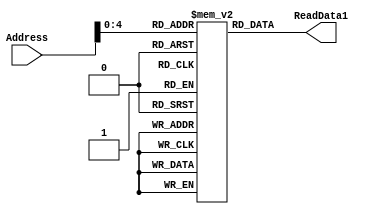
//`timescale 1ns / 1ns
//module Instruction_Memory(Address, ReadData1);
//parameter BITSIZE = 32;
//parameter REGSIZE = 32;
//input [REGSIZE-1:0] Address;
//output reg [BITSIZE-1:0] ReadData1;

//reg [BITSIZE-1:0] memory_file [0:REGSIZE-1];	// Entire list of memory

//// Asyncronous read of memory. Was not specified.
//always @(Address, memory_file[Address])
//begin
//	ReadData1 = memory_file[Address];
//end

//integer i;
////MY method of filling the memory instead of through a test bench
//initial
//	begin
//	    i = 0;
//		memory_file[i] = 32'b11110010100_0000000000000001_00000; //MOVK x0 = 1
//		i = i+1;
//		memory_file[i] = 32'b11110010100_0000000000000001_00001; //MOVK x1 = 1
//		i = i+1;
//		memory_file[i] = 32'b10001011000_00001_000000_00000_00001; //ADD x1 = 2
//		i = i+1;
//		memory_file[i] = 32'b10001011000_00001_000000_00000_00001; //ADD x1 = 3
//		i = i+1;
//		memory_file[i] = 32'b10001011000_00001_000000_00000_00001; //ADD x1 = 4
//		i = i+1;
//		memory_file[i] = 32'b11001011000_00000_000000_00001_00001; //SUB x1 = 3
//		i = i+1;
//		memory_file[i] = 32'b11111000000_00000000000_00010_00001; //STUR mem[x2=0] = x1 =3  
//		i = i+1;
//		memory_file[i] = 32'b11111000010_00000000000_00010_00000; //LDUR x0 = mem[x2=0] = 3
//		i = i+1;
//		memory_file[i] = 32'b10101010000_00001_000000_00000_00011; //EOR x3 = x0 ^ x1 = 0
//        i = i+1;
//        memory_file[i] = 32'b11111000000_00000000000_00010_00011; // STUR mem[0] = x3 =0
//        i = i+1;
//        memory_file[i] = 32'b10110101000_0000000000000010_00000; // cbnz x0 = 3 != 0 --> branch to pc = pc + 2
//        i = i+1;
//        memory_file[i] = 32'b11110010100_0000000000000001_00000; //MOVK x0 = 1
//        i = i+1;
//        memory_file[i] = 32'b11110010100_0000000000000010_00000; //MOVK x0 = 2
//        i = i+1;
//        memory_file[i] = 32'b10001011000_00001_000000_00000_00001; //ADD x1 = x1 + x0 = 3+2 = 5
//        i = i+1;
//        memory_file[i] = 32'b10001010000_00001_000000_00000_00101; //AND x5 = 0011 & 0010  = 0010 = 2
//        i = i+1;
//        memory_file[i] = 32'b10001010000_00001_000000_00101_00000; //AND x0 = 0101 & 0010  = 0
//        i = i+1;
//        memory_file[i] = 32'b00010100000_000000000000000000010;//branch pc = pc +2
//        i = i+1;
//        memory_file[i] = 32'b11110010100_0000000000000001_00000; //MOVK x0 = 1
//        i = i+1;
//        memory_file[i] = 32'b11110010100_0000000000000010_00000; //MOVK x0 = 2
//        i = i+1;
//        memory_file[i] = 32'b10001011000_00001_000000_00000_00001; //ADD weilekan x0 = 2 
//        i = i+1;      
//	end

//endmodule
`timescale 1ns / 1ns
module Instruction_Memory(Address, ReadData1);
parameter BITSIZE = 32;
parameter REGSIZE = 32;
input [REGSIZE-1:0] Address;
output reg [BITSIZE-1:0] ReadData1;

reg [BITSIZE-1:0] memory_file [0:REGSIZE-1];	// Entire list of memory

//// Asyncronous read of memory. Was not specified.
//always @(Address, memory_file[Address])
//begin
//	ReadData1 = memory_file[Address];
//end

//integer i;
////MY method of filling the memory instead of through a test bench
//initial
//	begin
//	i = 0;
//    memory_file[i] = 32'b11111000010_00000000000_00010_10000; //LDUR
//    i = i+1;
//    memory_file[i] = 32'b11110010100_0000000000000001_00000; //MOVK
//    i = i+1;
//    memory_file[i] = 32'b11110010100_0000000000010001_10001; //MOVK
//    i = i+1;
//    memory_file[i] = 32'b11110010100_0000000000000111_00001; //MOVK
//    i=i+1;
//    memory_file[i] = 32'b11001011000_00000_000000_00001_00001; //SUB
//    i=i+1;
//    memory_file[i] = 32'b10110101000_1111111111111111_00001;//CBNZ
//    i = i+1;
//    memory_file[i] = 32'b11111000000_00000000000_00010_10001; //STUR
//    i=i+1;
//    memory_file[i] = 32'b11111000010_00000000000_00010_10000; //LDUR
//    i=i+1;
//    memory_file[i] = 32'b11001011000_00000_000000_10000_00001; //SUB
//    i = i+1;
//    memory_file[i] = 32'b00010100000_1111111111111111_11010;//branch                                                                         
//	end

//endmodule

always @(Address, memory_file[Address])
begin
	ReadData1 = memory_file[Address];
end

integer i;
//MY method of filling the memory instead of through a test bench
initial
	begin

	        i = 0;
		    memory_file[i] = 32'b11110010100_0000000000000101_00000;   // MOVK, X0 = 0101 (5)
		    i = i+1;
		    memory_file[i] = 32'b11110010100_0000000000000011_00001;   // MOVK, X1 = 0011 (3)
            i = i+1;
		    memory_file[i] = 32'b10001010000_00001_000000_00000_00010; // AND, X2 = X0 & X1 (1)
		    i = i+1; 
		    memory_file[i] = 32'b10101010000_00001_000000_00000_00010; // EOR, X2 = X0 ^ X1 (6)
            i = i+1; 
            memory_file[i] = 32'b10001011000_00001_000000_00000_00010; // ADD, X2 = X0 + X1 (8)
            i = i+1;
            memory_file[i] = 32'b11001011000_00000_000000_00001_00010; // SUB, X2 = X1 - X0 (-2)
            i = i+1; 
            memory_file[i] = 32'b11110010100_1111111111111111_00010;   // MOVK, X2 = ffff (-1)
            i = i+1;
            memory_file[i] = 32'b11110010100_0000000000000001_00011;   // MOVK, X3 = 0001 (1)
            i = i+1;
            memory_file[i] = 32'b00010100000_000000000000000000010;    // BRANCH, pc = pc + 2
            i = i+1; 
            memory_file[i] = 32'b10001011000_00011_000000_00010_00010; // ADD, X2 = X2 + X3
            i = i+1; 
            memory_file[i] = 32'b10110101000_1111111111111111_00010;   // CBNZ, if (X2 != 0) pc = pc - 1 
            i = i+1; 
		    memory_file[i] = 32'b11111000000_00000000001_00001_00000;  // STUR, M[X1 + 1] = X0
            i = i+1; 
            memory_file[i] = 32'b11111000010_00000000001_00001_00100;  // LDUR, X4 = M[X1 + 1] 
            i = i+1; 
            	end
        
        endmodule